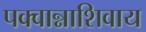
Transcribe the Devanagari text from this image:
पक्वान्नाशिवाय